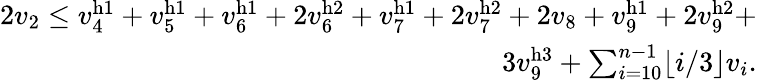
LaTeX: \begin{array}{r}{2v_{2}\leq v_{4}^{\mathrm{h}1}+v_{5}^{\mathrm{h}1}+v_{6}^{\mathrm{h}1}+2v_{6}^{\mathrm{h}2}+v_{7}^{\mathrm{h}1}+2v_{7}^{\mathrm{h}2}+2v_{8}+v_{9}^{\mathrm{h}1}+2v_{9}^{\mathrm{h}2}+}\\ {3v_{9}^{\mathrm{h}3}+\sum_{i=10}^{n-1}\lfloor i/3\rfloor v_{i}.}\end{array}